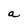
Character: a